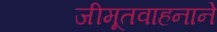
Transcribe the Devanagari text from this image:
जीमूतवाहनाने